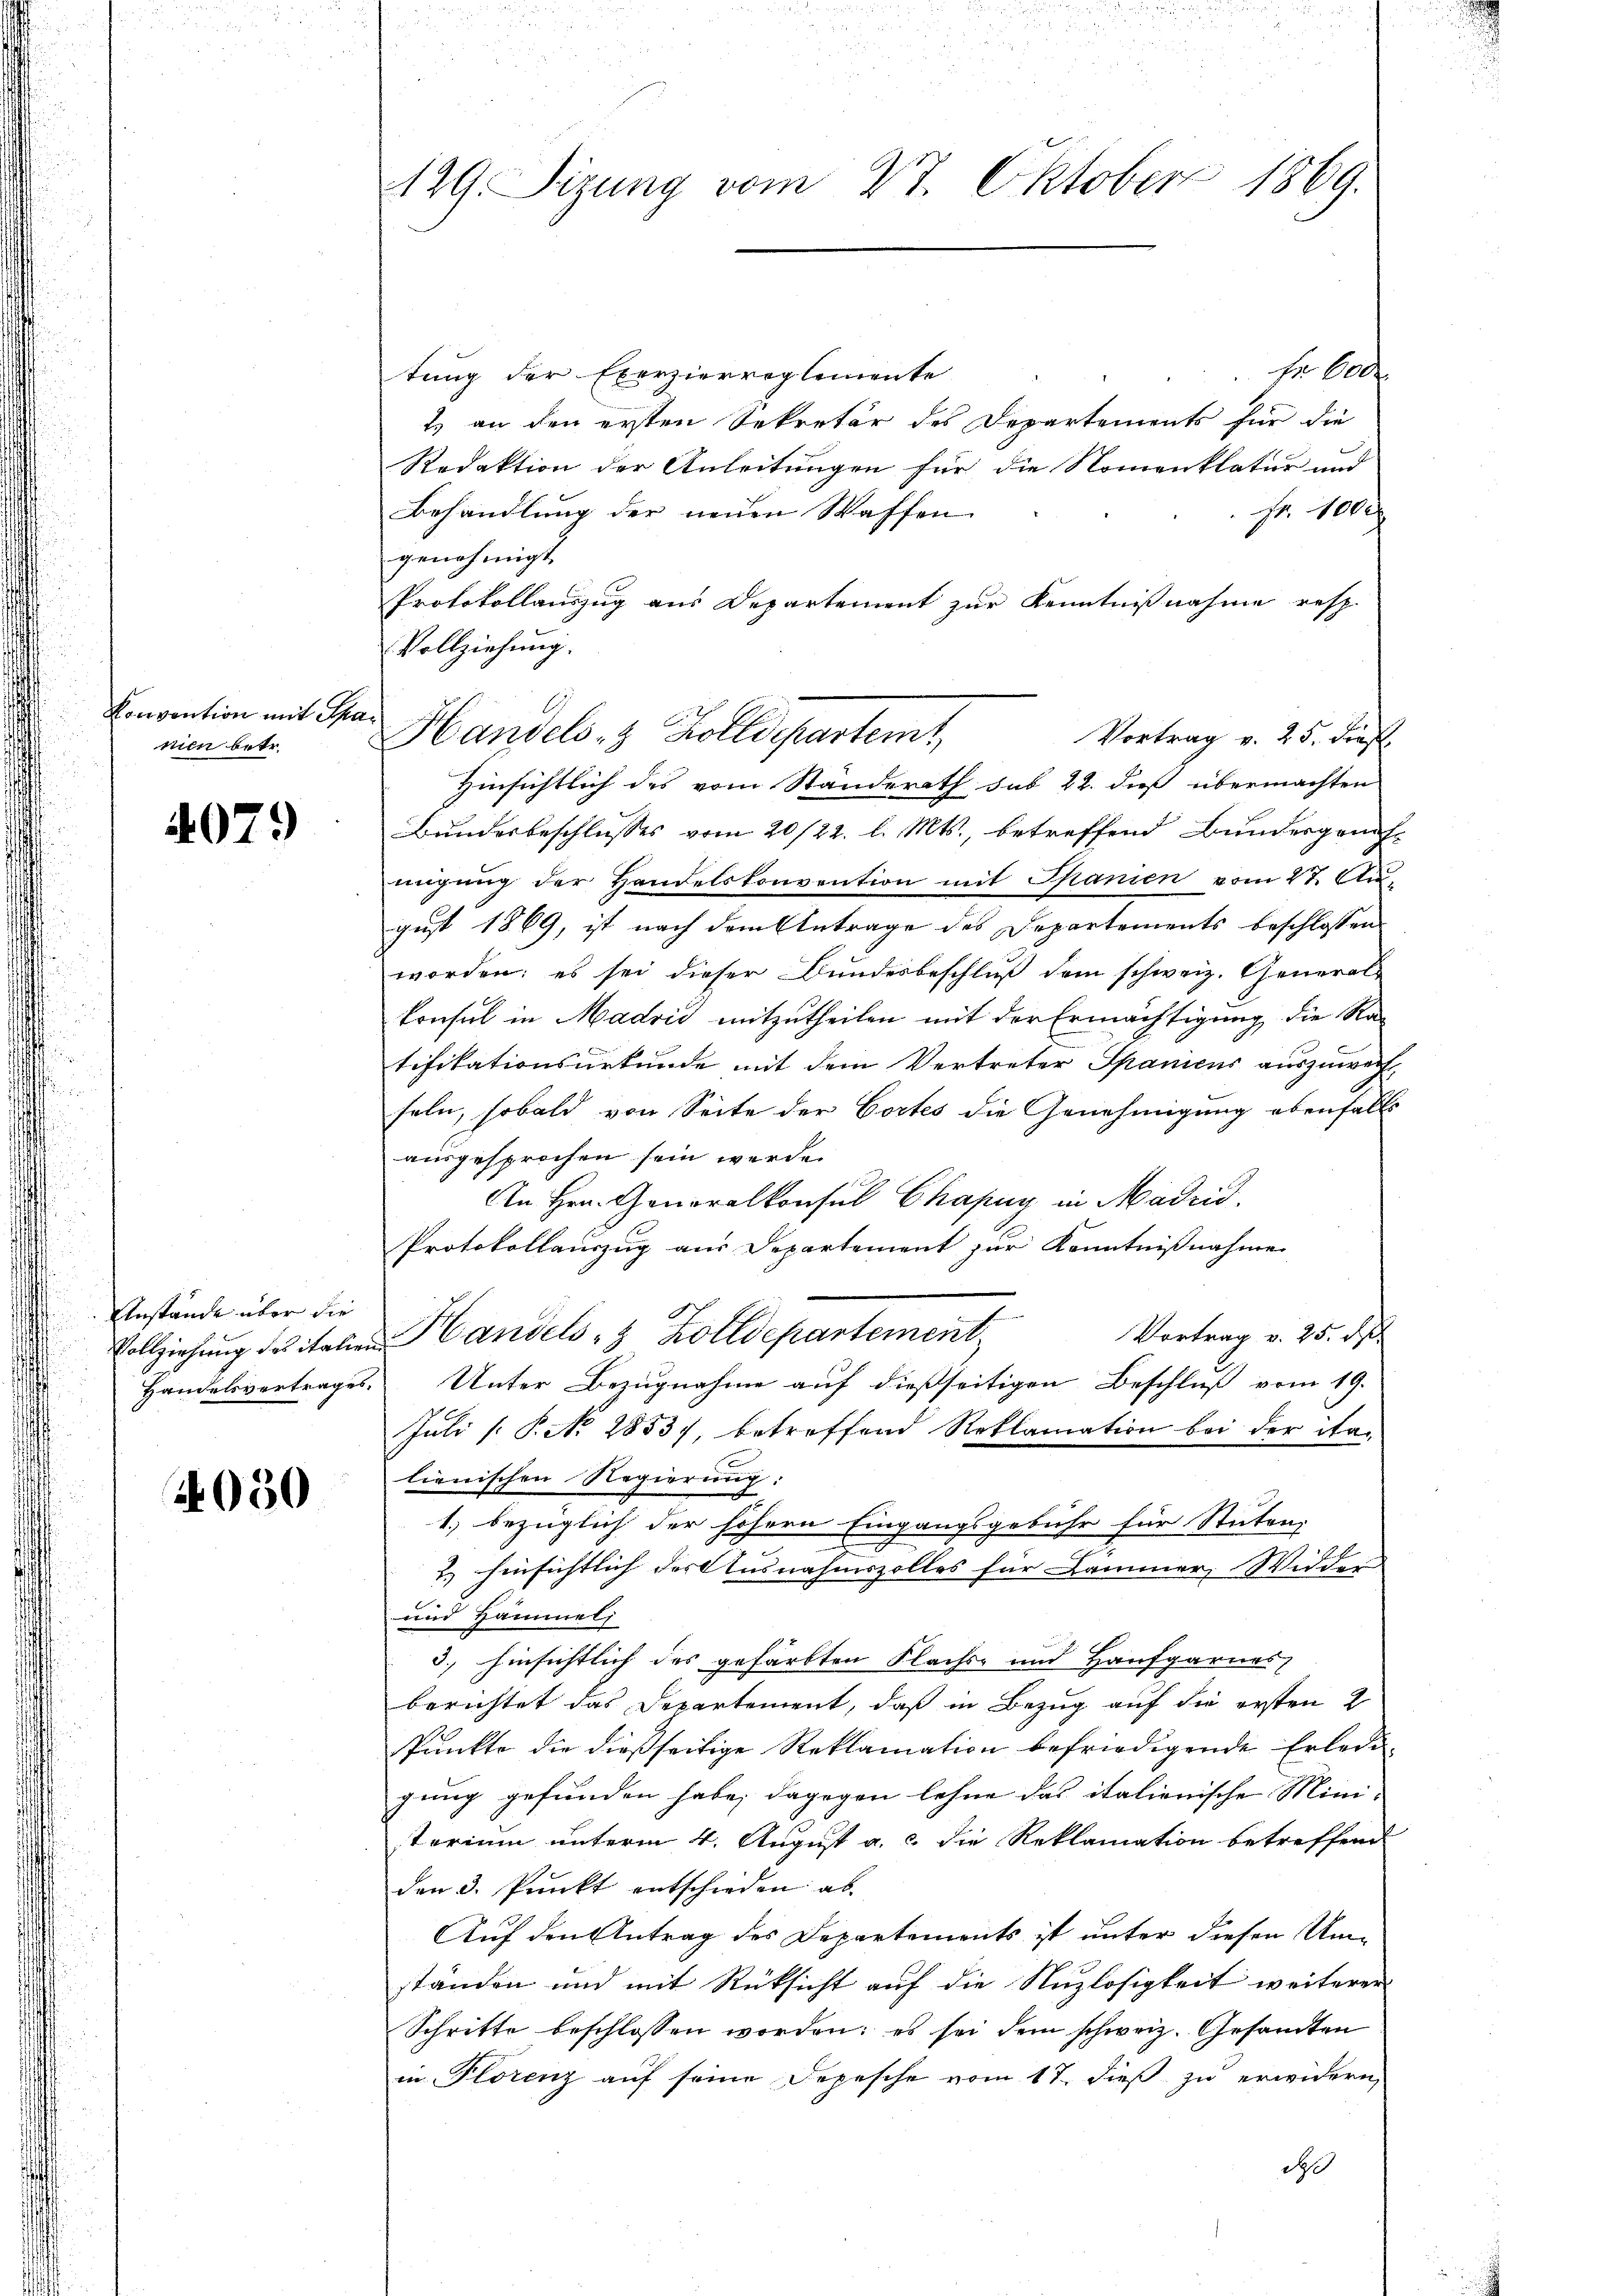
Convention mit Ih
nien betr.

4079

Anstände über die
Handelsvertrages.

4050

129. Sizung vom 27. Oktober 1869.

2

Er 600
tung der Exerzierreglemente
2) an den ersten Sekretär des Departements für die
Redaktion der Anleitungen für die Nomenklatur und
Behandlung der neuen Waffen
 Fr. 1000
genehmigt.
Protokollauszug aus Departement zur Kenntnißnahme resp.
Vollziehung.
Bundesbeschlusses vom 20/22. l. Mts., betreffend Bundergrifmigung der Handelskonvention mit Spanien vom 27. Au-
gust 1869, ist nach dem Antrage des Departements beschlossen
worden: es sei dieser Bundesbeschluß dem schweiz. General-
konsul in Madrid mitzutheilen mit der Ermächtigung die Ra-
tifikationsurkunde mit dem Vertreter Spanicus auszuwech
feln, sobald von Seite der Cortes die Genehmigung ebenfalls
ausgesprochen sein werde.
An Hrn. Generalkonsul Chapuy in Madrid,
Protokollauszug aus Departement zur Kenntnißnahme
Vortrag v. 25. dß.
Vollziehŭng des italien Handels- & Zolldepartement
 Unter Bezugnahme auf dießseitigen Beschluß vom 19.
Juli [ P. No 2853), betreffend Roklamation bei der ita-
lienischen Regierung:
1.) bezüglich der höhern Eingangsgebühr für Stuten,
1.) hinsichtlich der Ausnahmszolles für Kammer, Widder
und Hammel
3.) hinsichtlich des gefärbten Flachs- und Hausgarnes
berichtet das Departement, daß in Bezug auf die ersten 2
Punkte die dießseitige Reklamation befriedigende Erledigung gefunden habe; dagegen lehne das italienische Mini-
torium unterm 4. August a. c. die Reklamation betreffend
den 3. Punkt entschieden ab
Auf den Antrag des Departements ist unter diesen Umständen und mit Rüksicht auf die Nuzlosigkeit weiterer
Schritte beschlossen worden; es sei dem schweiz. Gesandten
in Florenz auf seine Depesche vom 17. dieß zu erwidern,

Handels- & Zolldepartem
Vortrag v. 25. dies
Hinsichtlich des vom Standerath sub 22. dieß übermachten